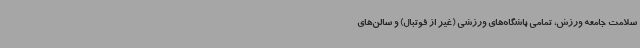
سلامت جامعه ورزش، تمامی باشگاه‌های ورزشی (غیر از فوتبال) و سالن‌های